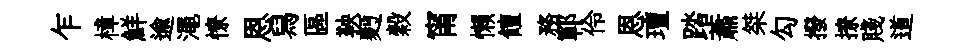
乍樟鮮逾澠憭恩舄區鞅麪穀甯懶饘務鄆伶恩璮踏蕭桀勾撥撩賤道